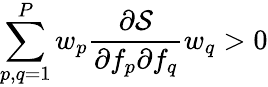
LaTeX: \sum_{p,q=1}^{P}w_{p}\frac{\partial\mathcal{S}}{\partial f_{p}\partial f_{q}}w_{q}>0